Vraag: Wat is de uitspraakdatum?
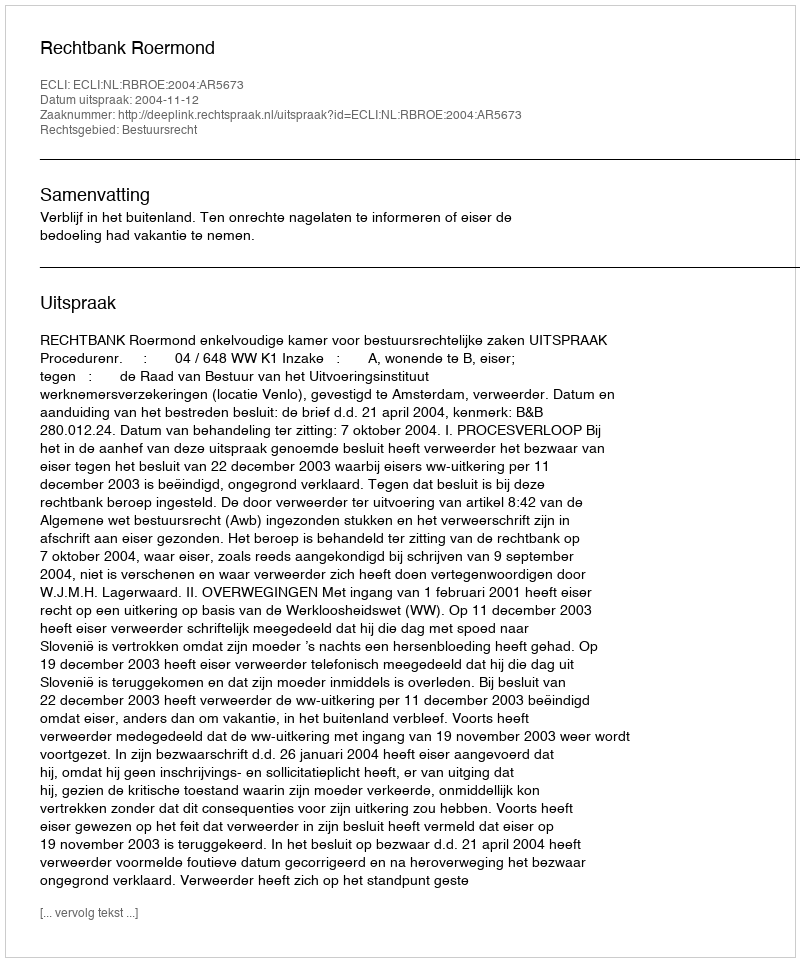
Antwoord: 2004-11-12